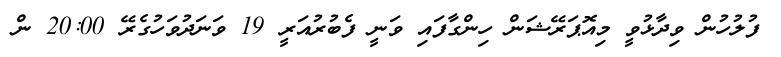
ފުލުހުން ވިދާޅުވީ މިއޮޕަރޭޝަން ހިންގާފައި ވަނީ ފެބުރުއަރީ 19 ވަނަދުވަހުގެރޭ 20:00 ން